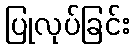
ပြုလုပ်ခြင်း